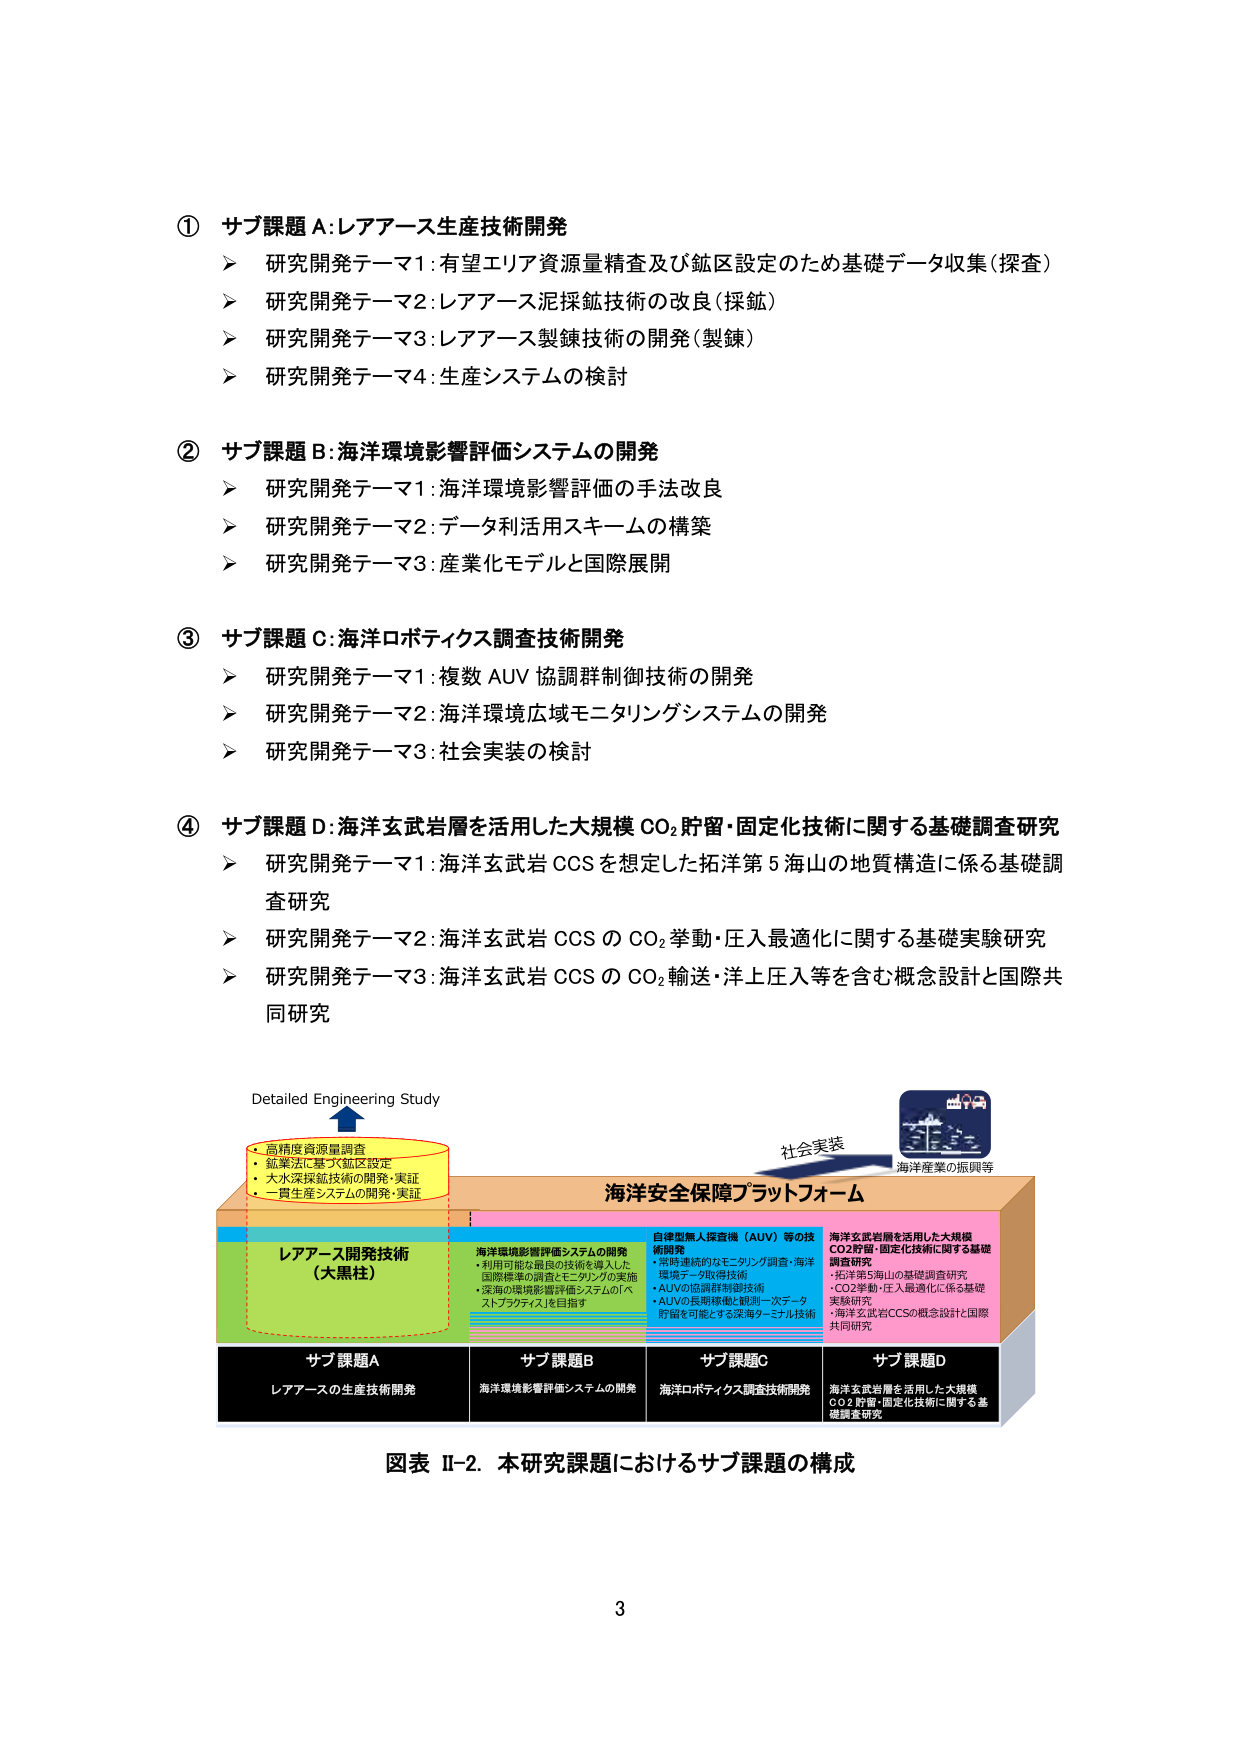
① サブ課題A:レアアース生産技術開発
➤ 研究開発テーマ1:有望エリア資源量精査及び鉱区設定のため基礎データ収集（探査）
➤ 研究開発テーマ2:レアアース泥採鉱技術の改良（採鉱）
➤ 研究開発テーマ3:レアアース製錬技術の開発（製錬）
➤ 研究開発テーマ4:生産システムの検討

② サブ課題B:海洋環境影響評価システムの開発
➤ 研究開発テーマ1:海洋環境影響評価の手法改良
➤ 研究開発テーマ2:データ利活用スキームの構築
➤ 研究開発テーマ3:産業化モデルと国際展開

③ サブ課題C:海洋ロボティクス調査技術開発
➤ 研究開発テーマ1:複数AUV協調群制御技術の開発
➤ 研究開発テーマ2:海洋環境広域モニタリングシステムの開発
➤ 研究開発テーマ3:社会実装の検討

④ サブ課題D:海洋玄武岩層を活用した大規模CO₂貯留・固定化技術に関する基礎調査研究
➤ 研究開発テーマ1:海洋玄武岩CCSを想定した拓洋第5海山の地質構造に係る基礎調査研究
➤ 研究開発テーマ2:海洋玄武岩CCSのCO₂挙動・圧入最適化に関する基礎実験研究
➤ 研究開発テーマ3:海洋玄武岩CCSのCO₂輸送・洋上圧入等を含む概念設計と国際共同研究

Detailed Engineering Study
→ 高精度資源量調査
→ 鉱業法に基づく鉱区設定
→ 大水深採鉱技術の開発・実証
→ 一貫生産システムの開発・実証

レアアース開発技術
（大黒柱）

海洋環境影響評価システムの開発
・利用可能な最新の技術を導入した
国際標準の調査とモニタリングの実施
・深海の環境影響評価システムのバ
ストプラクティスを目指す

自律型無人探査機（AUV）等の技
術開発
・常時連続的なモニタリング調査・海洋
環境データ取得技術
・AUVの協調群制御技術
・AUVの長期稼働と観測一次データ
貯留を可能とする深海ターミナル技術

海洋玄武岩層を活用した大規模
CO₂貯留・固定化技術に関する基礎
調査研究
・拓洋第5海山の基礎調査研究
・CO₂挙動・圧入最適化に係る基礎
実験研究
・海洋玄武岩CCSの概念設計と国際
共同研究

社会実装
海洋産業の振興等

海洋安全保障プラットフォーム

サブ課題A
レアアースの生産技術開発

サブ課題B
海洋環境影響評価システムの開発

サブ課題C
海洋ロボティクス調査技術開発

サブ課題D
海洋玄武岩層を活用した大規模
CO₂貯留・固定化技術に関する基
礎調査研究

図表 II-2. 本研究課題におけるサブ課題の構成

3